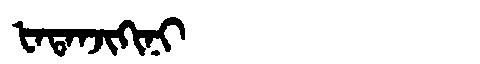
Manchu: ᡶᠠᡨᠠᠨᠵᡳᡴᡳᠨᡳ
Romanization: FATANJIKINI